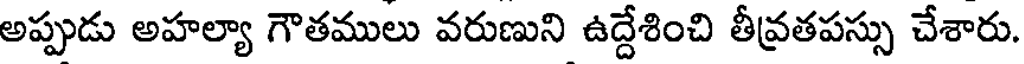
అప్పుడు అహల్యా గౌతములు వరుణుని ఉద్దేశించి తీవ్రతపస్సు చేశారు.